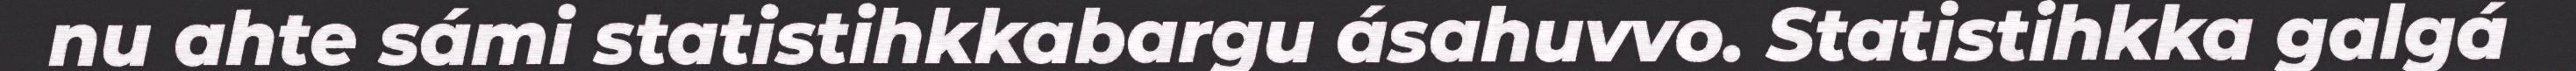
nu ahte sámi statistihkkabargu ásahuvvo. Statistihkka galgá